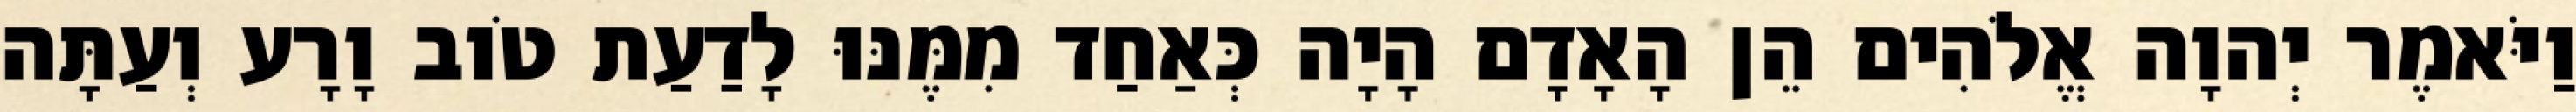
וַיֹּאמֶר יְהוָה אֱלֹהִים הֵן הָאָדָם הָיָה כְּאַחַד מִמֶּנּוּ לָדַעַת טֹוב וָרָע וְעַתָּה